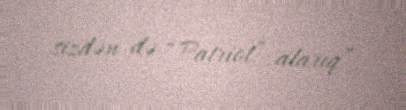
sizdən də “Patriot” alarıq”.